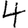
Digit: 4